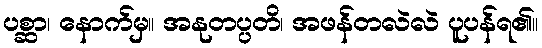
ပစ္ဆာ၊ နောက်မှ။ အနုတပ္ပတိ၊ အဖန်တလဲလဲ ပူပန်ရ၏။